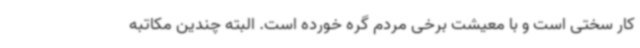
کار سختی است و با معیشت برخی مردم گره خورده است. البته چندین مکاتبه